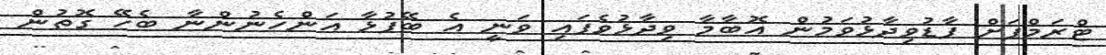
ޓްރަމްޕަށް ފާޑުވިދާޅުވަމުން އޮބާމާ ވިދާޅުވެފައި ވަނީ އެ ބޭފުޅާ އަންހެނުންނާ ބެހޭ ގޮތުން